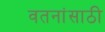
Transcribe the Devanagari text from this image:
वतनांसाठी